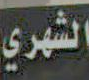
الشهري